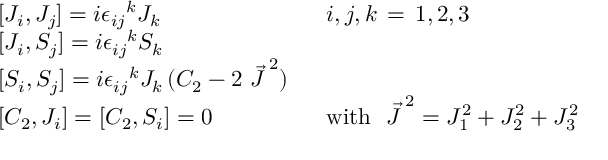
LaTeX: \begin{array} { l l } { { { [ } J _ { i } , J _ { j } ] = i { \epsilon _ { i j } } ^ { k } J _ { k } } } & { { i , j , k \, = \, 1 , 2 , 3 } } \\ { { { [ } J _ { i } , S _ { j } ] = i { \epsilon _ { i j } } ^ { k } S _ { k } } } & { { } } \\ { { { [ } S _ { i } , S _ { j } ] = i { \epsilon _ { i j } } ^ { k } J _ { k } \, ( C _ { 2 } - 2 \ { \vec { J } \, } ^ { 2 } ) \ \ } } & { { } } \\ { { { [ } C _ { 2 } , J _ { i } ] = [ C _ { 2 } , S _ { i } ] = 0 } } & { { \mathrm { w i t h ~ } \ { \vec { J } \, } ^ { 2 } = J _ { 1 } ^ { 2 } + J _ { 2 } ^ { 2 } + J _ { 3 } ^ { 2 } } } \end{array}